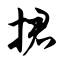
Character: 捃